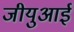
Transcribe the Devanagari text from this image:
जीयुआई